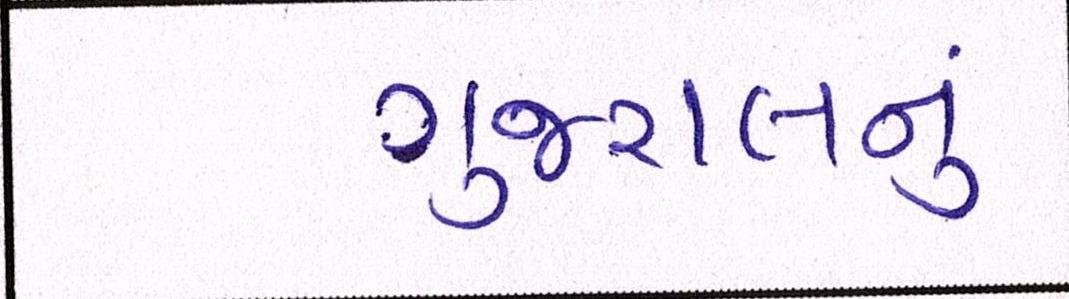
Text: ગુજરાલનું